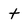
Character: t